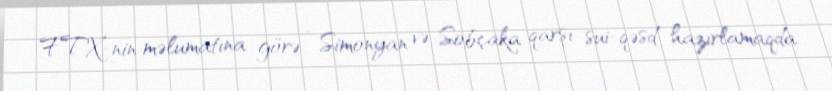
FTX-nin məlumatına görə , Simonyan və Sobçaka qarşı sui-qəsd hazırlamaqda